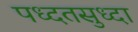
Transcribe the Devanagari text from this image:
पध्दतसुध्दा